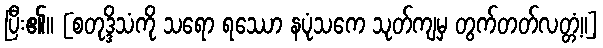
ပြီး၏။ [စတုဒ္ဒိသံကို သရော ရဿော နပုံသကေ သုတ်ကျမှ တွက်တတ်လတ္တံ့။]